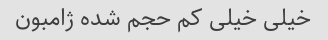
خیلی خیلی کم حجم شده ژامبون